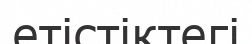
етістіктегі